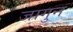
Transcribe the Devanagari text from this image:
जागुन